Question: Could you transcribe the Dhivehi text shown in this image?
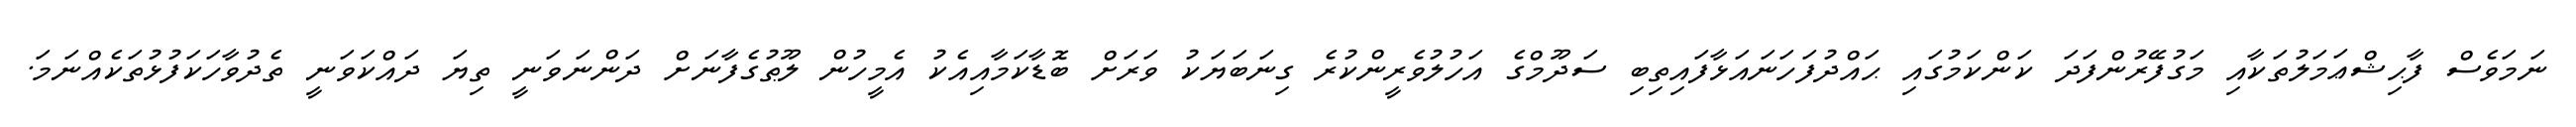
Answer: ނަމަވެސް ފާޙިޝްޢަމަލުތަކާއި މަގުފޭރުންފަދަ ކަންކަމުގައި ޙައްދުފަހަނައަޅާފައިތިބި ސަދޫމްގެ އަހުލުވެރީންކުރެ ގިނަބަޔަކު ވަރަށް ބޮޑާކަމާއިއެކު އެމީހުން ލޫޠުގެފާނަށް ދަންނަވަނީ ތިޔަ ދައްކަވަނީ ތެދުވާހަކަފުޅުތަކެއްނަމަ.